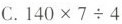
C.140×7÷4